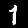
Label: 1